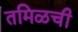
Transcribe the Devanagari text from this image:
तमिळची